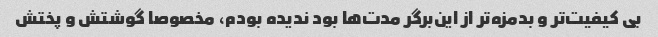
بی کیفیت‌تر و بدمزه‌تر از این‌برگر مدت‌ها بود ندیده بودم، مخصوصا گوشتش و پختش